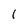
Character: l